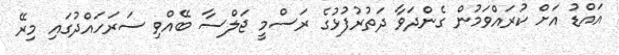
އައްޑު އަށް ކުރައްވަމުން ގެންދަވާ ދަތުރުފުޅުގެ ރަސްމީ ޖަލްސާ ބޭއްވި ސަރަހައްދުގައި މިރޭ